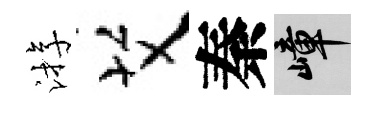
㳺艾秦嶂